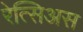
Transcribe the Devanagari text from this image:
रेत्सिअस